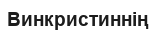
Винкристиннің